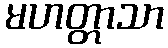
မဟတ္တာသာ